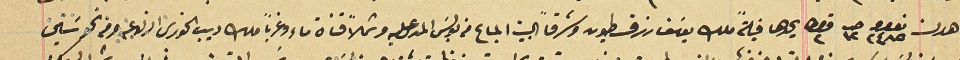
اهدن نومرو ٢٤٨٥ حبه١٢ قيراط ٢ يحدها قبلةً ملك يوسَف رزق طيون وشرقاً البيت المباع من بولسَ المدعى عليه وشمالاً قناة ماء وغرباً ملك ديب الخورى ارنوعه ومن نحو سَنين